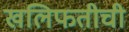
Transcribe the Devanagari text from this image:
खलिफतीची